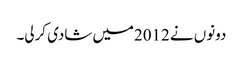
دونوں نے 2012میں شادی کرلی۔